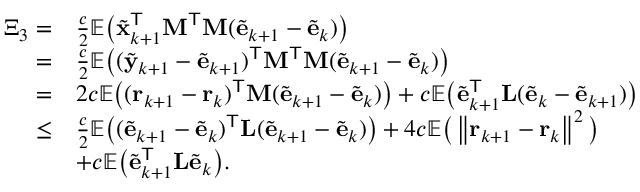
\begin{array} { r l } { \Xi _ { 3 } = } & { \frac { c } { 2 } \mathbb { E } \big ( \tilde { \mathbf { x } } _ { k + 1 } ^ { \mathsf { T } } \mathbf { M } ^ { \mathsf { T } } \mathbf { M } ( \tilde { \mathbf { e } } _ { k + 1 } - \tilde { \mathbf { e } } _ { k } ) \big ) } \\ { = } & { \frac { c } { 2 } \mathbb { E } \big ( ( \tilde { \mathbf { y } } _ { k + 1 } - \tilde { \mathbf { e } } _ { k + 1 } ) ^ { \mathsf { T } } \mathbf { M } ^ { \mathsf { T } } \mathbf { M } ( \tilde { \mathbf { e } } _ { k + 1 } - \tilde { \mathbf { e } } _ { k } ) \big ) } \\ { = } & { 2 c \mathbb { E } \big ( ( \mathbf { r } _ { k + 1 } - \mathbf { r } _ { k } ) ^ { \mathsf { T } } \mathbf { M } ( \tilde { \mathbf { e } } _ { k + 1 } - \tilde { \mathbf { e } } _ { k } ) \big ) + c \mathbb { E } \big ( \tilde { \mathbf { e } } _ { k + 1 } ^ { \mathsf { T } } \mathbf { L } ( \tilde { \mathbf { e } } _ { k } - \tilde { \mathbf { e } } _ { k + 1 } ) \big ) } \\ { \leq } & { \frac { c } { 2 } \mathbb { E } \big ( ( \tilde { \mathbf { e } } _ { k + 1 } - \tilde { \mathbf { e } } _ { k } ) ^ { \mathsf { T } } \mathbf { L } ( \tilde { \mathbf { e } } _ { k + 1 } - \tilde { \mathbf { e } } _ { k } ) \big ) + 4 c \mathbb { E } \big ( \left\| \mathbf { r } _ { k + 1 } - \mathbf { r } _ { k } \right\| ^ { 2 } \big ) } \\ & { + c \mathbb { E } \big ( \tilde { \mathbf { e } } _ { k + 1 } ^ { \mathsf { T } } \mathbf { L } \tilde { \mathbf { e } } _ { k } \big ) . } \end{array}